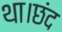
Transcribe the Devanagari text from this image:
था।छंद